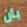
بأن